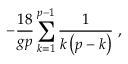
- \frac { 1 8 } { g p } \sum _ { k = 1 } ^ { p - 1 } \frac { 1 } { k \left( p - k \right) } \; ,